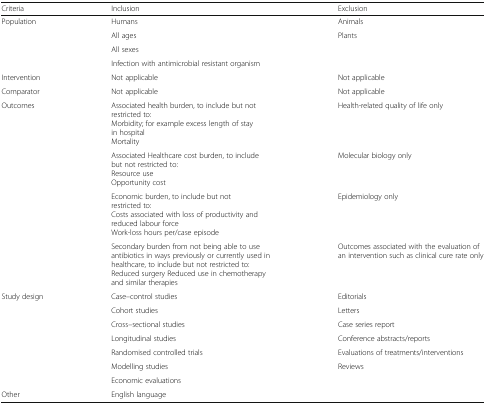
<table><thead><tr><td><b>Criteria</b></td><td><b>Inclusion</b></td><td><b>Exclusion</b></td></tr></thead><tbody><tr><td rowspan="4">Population</td><td>Humans</td><td>Animals</td></tr><tr><td>All ages</td><td>Plants</td></tr><tr><td>All sexes</td><td></td></tr><tr><td>Infection with antimicrobial resistant organism</td><td></td></tr><tr><td>Intervention</td><td>Not applicable</td><td>Not applicable</td></tr><tr><td>Comparator</td><td>Not applicable</td><td>Not applicable</td></tr><tr><td rowspan="4">Outcomes</td><td>Associated health burden, to include but not restricted to:Morbidity; for example excess length of stay in hospitalMortality</td><td>Health-related quality of life only</td></tr><tr><td>Associated Healthcare cost burden, to include but not restricted to:Resource useOpportunity cost</td><td>Molecular biology only</td></tr><tr><td>Economic burden, to include but not restricted to:Costs associated with loss of productivity and reduced labour forceWork-loss hours per/case episode</td><td>Epidemiology only</td></tr><tr><td>Secondary burden from not being able to use antibiotics in ways previously or currently used in healthcare, to include but not restricted to:Reduced surgery Reduced use in chemotherapy and similar therapies</td><td>Outcomes associated with the evaluation of an intervention such as clinical cure rate only</td></tr><tr><td rowspan="7">Study design</td><td>Case–control studies</td><td>Editorials</td></tr><tr><td>Cohort studies</td><td>Letters</td></tr><tr><td>Cross–sectional studies</td><td>Case series report</td></tr><tr><td>Longitudinal studies</td><td>Conference abstracts/reports</td></tr><tr><td>Randomised controlled trials</td><td>Evaluations of treatments/interventions</td></tr><tr><td>Modelling studies</td><td>Reviews</td></tr><tr><td>Economic evaluations</td><td></td></tr><tr><td>Other</td><td>English language</td><td></td></tr></tbody></table>